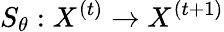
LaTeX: S_{\theta}:X^{(t)}\rightarrow X^{(t+1)}